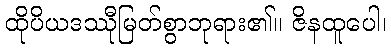
ထိုပိယဒဿီုမြတ်စွာဘုရား၏။ ဇိနထူပေါ၊